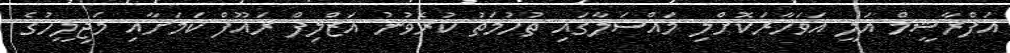
އަފްރާޝީމް އަލީ އަވަހާރަކޮށްލި މައްސަލާގައި ތުހުމަތު ކުރެވުނު އަޒްލިފް ރައޫފް ކަމަށާއި މަޖިލީހުގެ